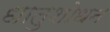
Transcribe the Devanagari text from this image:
धातुशोधन